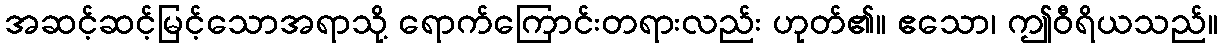
အဆင့်ဆင့်မြင့်သောအရာသို့ ရောက်ကြောင်းတရားလည်း ဟုတ်၏။ ဧသော၊ ဤဝီရိယသည်။